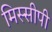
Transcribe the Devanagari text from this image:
मिस्सीपी